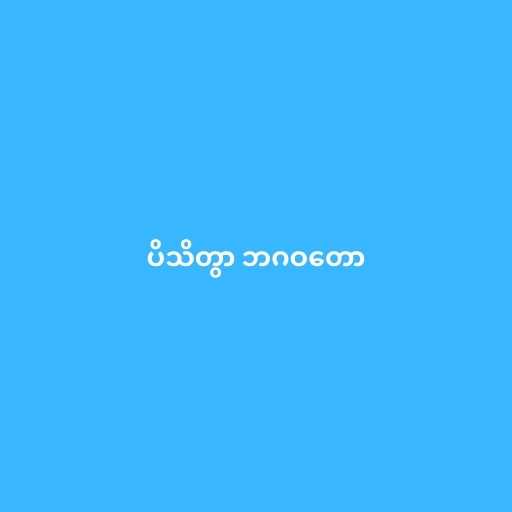
ပိသိတွာ ဘဂဝတော